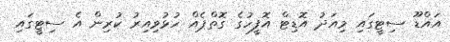
އައްޑޫ ސިޓީގައި މިއަދު އޮޑިޓް އޮފީހުގެ ގޮތްޕެއް ހުޅުވިއިރު ކުރިން އެ ސިޓީގައި